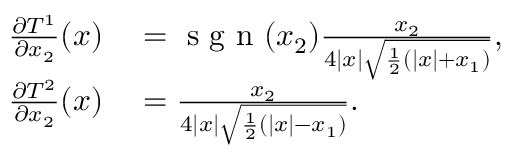
\begin{array} { r l } { \frac { \partial T ^ { 1 } } { \partial x _ { 2 } } ( x ) } & { { } = \textrm { s g n } ( x _ { 2 } ) \frac { x _ { 2 } } { 4 | x | \sqrt { \frac { 1 } { 2 } \left( | x | + x _ { 1 } \right) } } , } \\ { \frac { \partial T ^ { 2 } } { \partial x _ { 2 } } ( x ) } & { { } = \frac { x _ { 2 } } { 4 | x | \sqrt { \frac { 1 } { 2 } \left( | x | - x _ { 1 } \right) } } . } \end{array}